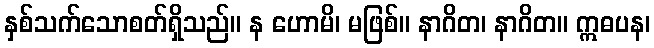
နှစ်သက်သောစတ်ရှိသည်။ န ဟောမိ၊ မဖြစ်။ နာဂိတ၊ နာဂိတ။ ဣဓပန၊